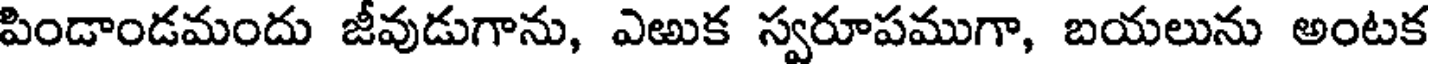
పిండాండమందు జీవుడుగాను, ఎఱుక స్వరూపముగా, బయలును అంటక